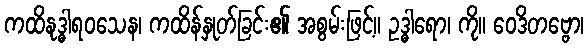
ကထိနုဒ္ဓါရဝသေန၊ ကထိန်နှုတ်ခြင်း၏ အစွမ်းဖြင့်။ ဥဒ္ဓါရော၊ ကို။ ဝေဒိတဗ္ဗော၊